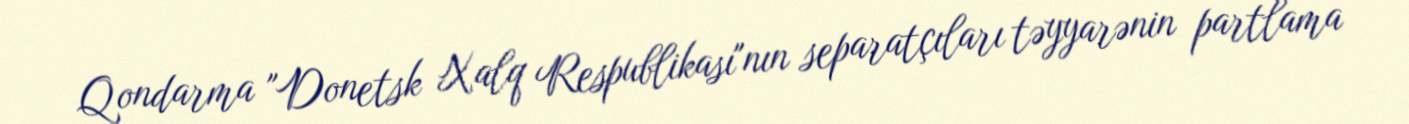
Qondarma "Donetsk Xalq Respublikası"nın separatçıları təyyarənin partlama